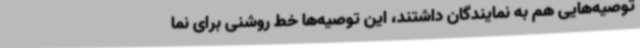
توصیه‌هایی هم به نمایندگان داشتند، این توصیه‌ها خط روشنی برای نما